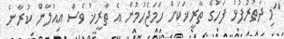
"މި ދަތުރުފުޅު ފަހުގެ ތާރީޚަކަށް ހަމަޖެހުމުން އެ ތާރީޚު ވެސް އިއުލާން ކުރާނެ